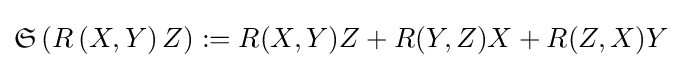
{\mathfrak {S}}\left(R\left(X,Y\right)Z\right):=R(X,Y)Z+R(Y,Z)X+R(Z,X)Y